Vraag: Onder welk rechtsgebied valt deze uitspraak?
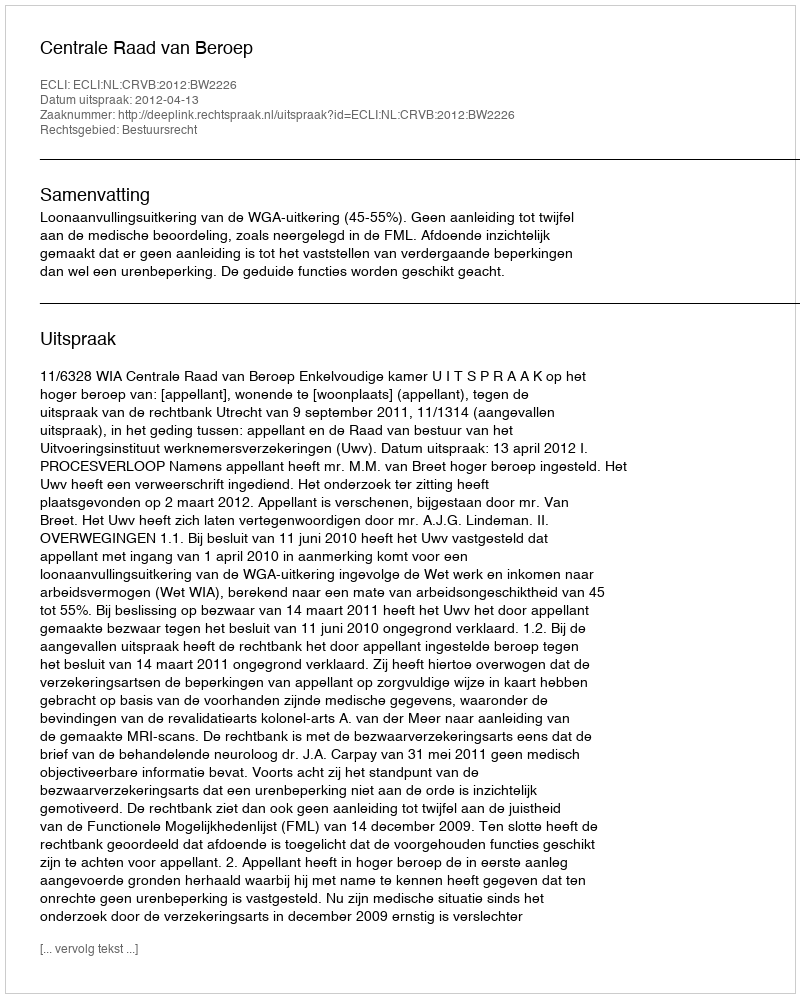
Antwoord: Bestuursrecht